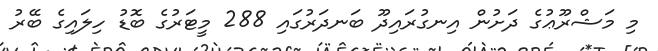
މި މަޝްރޫޢުގެ ދަށުން އިނގުރައިދޫ ބަނދަރުގައި 288 މީޓަރުގެ ބޮޑު ހިލައިގެ ބޭރު